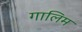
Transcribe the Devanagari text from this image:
गालिम